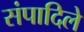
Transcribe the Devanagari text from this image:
संपादिले